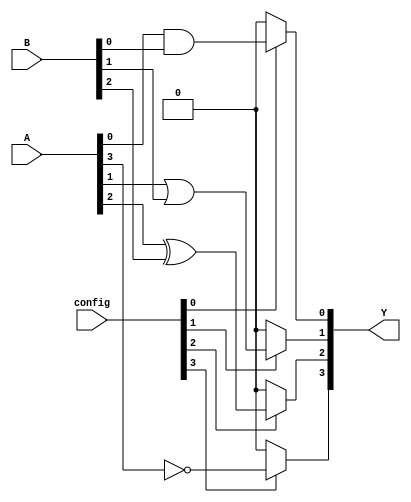
module combinational_logic_block (
    input wire [3:0] A,         // 4-bit input vector
    input wire [3:0] B,         // 4-bit input vector
    input wire [3:0] config,    // Configuration inputs for BLEs
    output wire [3:0] Y         // 4-bit output vector
);

    // Basic Logic Elements (BLEs)
    wire [3:0] ble_out;         // Outputs from BLEs

    // BLE 0: AND Gate
    assign ble_out[0] = A[0] & B[0];

    // BLE 1: OR Gate
    assign ble_out[1] = A[1] | B[1];

    // BLE 2: XOR Gate
    assign ble_out[2] = A[2] ^ B[2];

    // BLE 3: NOT Gate
    assign ble_out[3] = ~A[3];

    // Output logic based on configuration
    assign Y[0] = (config[0]) ? ble_out[0] : 1'b0; // Conditional output based on config
    assign Y[1] = (config[1]) ? ble_out[1] : 1'b0; // Conditional output based on config
    assign Y[2] = (config[2]) ? ble_out[2] : 1'b0; // Conditional output based on config
    assign Y[3] = (config[3]) ? ble_out[3] : 1'b0; // Conditional output based on config

endmodule